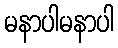
မနာပါမနာပါ